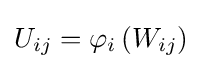
U_{ij}=\varphi _{i}\left(W_{ij}\right)